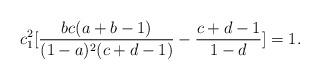
LaTeX: \begin{align*}c^2_1[\frac{bc(a+b-1)}{(1-a)^2(c+d-1)}-\frac{c+d-1}{1-d}]=1.\end{align*}